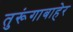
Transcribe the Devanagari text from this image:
तुरूंगाबाहेर